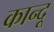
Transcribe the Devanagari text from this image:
कान्दू